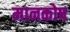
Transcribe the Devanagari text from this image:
मानकोष